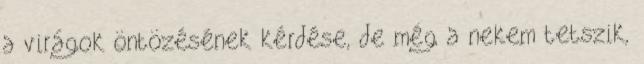
a virágok öntözésének kérdése, de még a nekem tetszik,